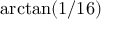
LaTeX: \arctan ( 1 / 1 6 )